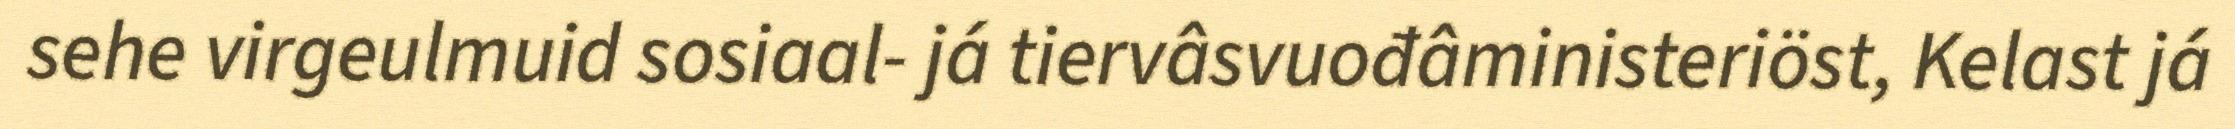
sehe virgeulmuid sosiaal- já tiervâsvuođâministeriöst, Kelast já